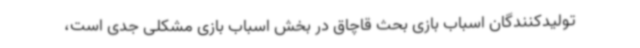
تولیدکنندگان اسباب بازی بحث قاچاق در بخش اسباب بازی مشکلی جدی است،